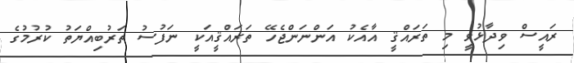
ރައީސް ވިދާޅުވީ މި ތަރައްޤީ އާއެކު އަންނަންޖެހޭ ތަރައްޤީއަކީ ނަފުސު ތަރުބިއްޔަތު ކުރުމުގެ